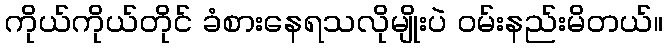
ကိုယ်ကိုယ်တိုင် ခံစားနေရသလိုမျိုးပဲ ဝမ်းနည်းမိတယ်။